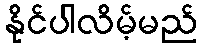
နိုင်ပါလိမ့်မည်